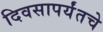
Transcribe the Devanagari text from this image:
दिवसापर्यंतचे